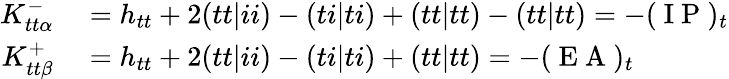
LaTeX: \begin{array}{rl}{K_{tt\alpha}^{-}}&{{}=h_{tt}+2(tt|ii)-(ti|ti)+(tt|tt)-(tt|tt)=-(\mathrm{~I~P~})_{t}}\\ {K_{tt\beta}^{+}}&{{}=h_{tt}+2(tt|ii)-(ti|ti)+(tt|tt)=-(\mathrm{~E~A~})_{t}}\end{array}